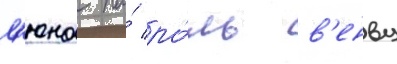
л'юна на́ ро́ль в'енву